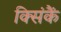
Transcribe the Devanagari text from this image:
क्सिंकैं